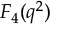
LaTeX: F _ { 4 } ( q ^ { 2 } )